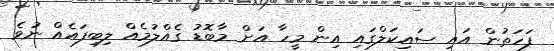
ފަހަތުން އައި ސައިކަލްގައި އިން މީހާ އަށް މާބޮޑު ގެއްލުމެއް ލިބިފައެއް ނުވެ